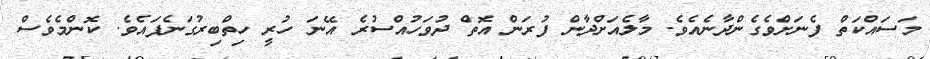
މަސައްކަތް ފެނަށްވެގެންދާނެއެވެ. މާލެއަށްދާން ފުރަން އޮތް ދުވަހުއްސުރެ އޭނަ ހުރީ ހިތްބިރުގަނެފައެވެ. ކޮންމެވެސް